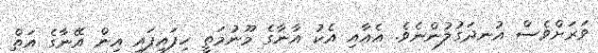
ވަރަށްވެސް އުނދަގުލުންނެވެ. އެއާއި އެކު އާނާގެ މޫނުމަތީ ހިފައިފައި އިން އޭނާގެ އަތް